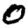
Digit: 0